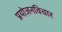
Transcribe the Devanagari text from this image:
प्रयोजनविचार